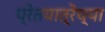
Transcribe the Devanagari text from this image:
प्रेतयात्रेच्या